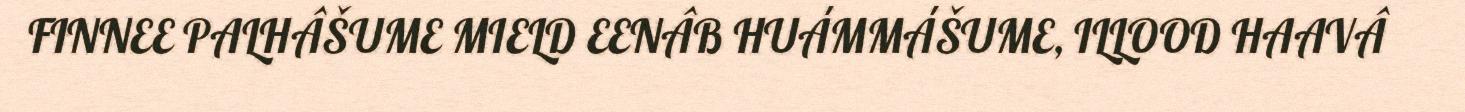
FINNEE PALHÂŠUME MIELD EENÂB HUÁMMÁŠUME, ILLOOD HAAVÂ